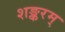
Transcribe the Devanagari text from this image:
शङ्करम्